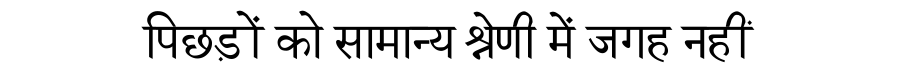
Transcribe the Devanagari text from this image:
पिछड़ों को सामान्य श्रेणी में जगह नहीं